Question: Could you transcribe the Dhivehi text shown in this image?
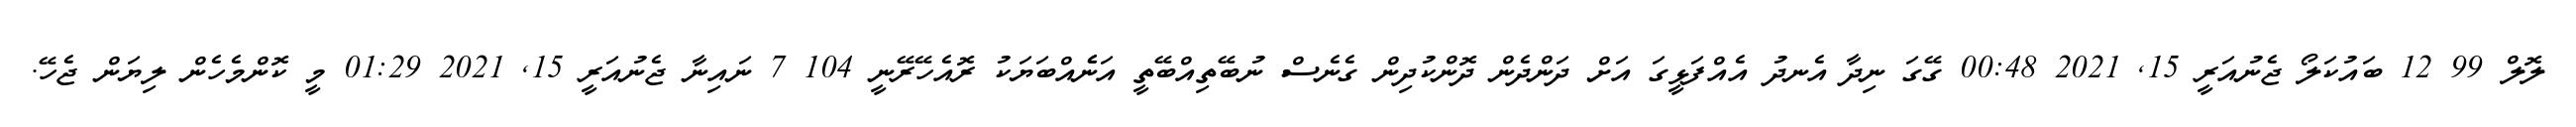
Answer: ލޮލް 99 12 ބައުކަލޯ ޖެނުއަރީ 15, 2021 00:48 ގޭގަ ނިދާ އެނދު އެއްފަޅީގަ އަށް ދަންދެން ދޮންކުދިން ގެނެސް ނުބޭތިއްބޭތީ އަނެެއްބަޔަކު ރޮއެހޭރޭނީ 104 7 ނައިނާ ޖެނުއަރީ 15, 2021 01:29 މީ ކޮންމެހެން ލިޔަން ޖެހޭ.